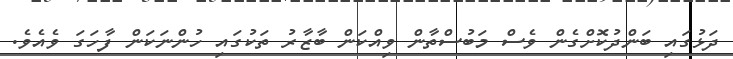
ދަޅުގައި ބަންދުކޮށްގެން ވެސް މަބުސްތާން ވިއްކަން ބާޒާރު ތަކުގައި ހުންނަކަން ފާހަގަ ވެއެވެ.